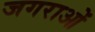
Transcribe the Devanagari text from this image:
जगराओं